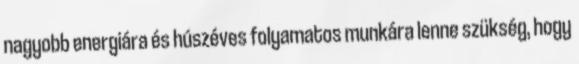
nagyobb energiára és húszéves folyamatos munkára lenne szükség, hogy